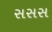
સસસ